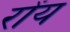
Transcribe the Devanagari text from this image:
रोंय